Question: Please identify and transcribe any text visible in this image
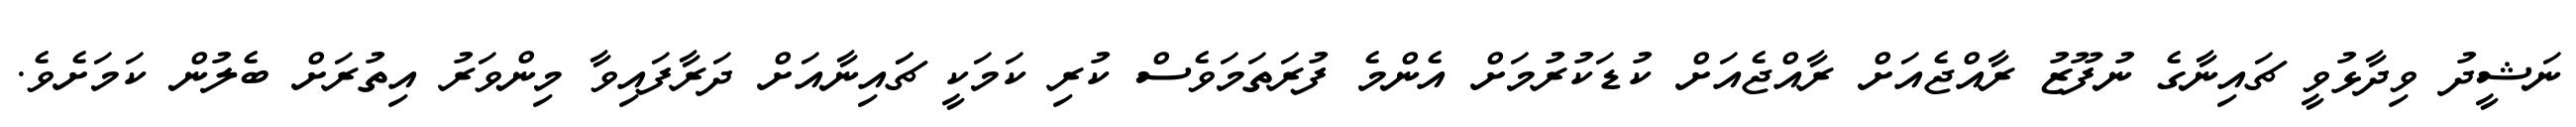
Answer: ނަޝީދު ވިދާޅުވީ ޗައިނާގެ ނުފޫޒު ރާއްޖެއަށް ރާއްޖެއަށް ކުޑަކުރުމަށް އެންމެ ފުރަތަމަވެސް ކުރި ކަމަކީ ޗަައިނާއަށް ދަރާފައިވާ މިންވަރު އިތުރަށް ބެލުން ކަމަށެވެ.